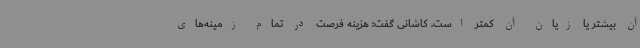
آن بیشتر یا زیان آن کمتر است. کاشانی گفت: هزینه فرصت در تمام زمینه‌های